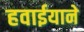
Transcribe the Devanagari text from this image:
हवाईयाने